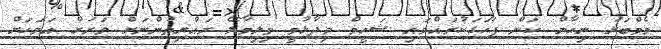
މެމްބަރު ނިހާން ކަން ފާހަގަކުރައްވައި ޝަހީމް ވިދާޅުވީ ވިލިމާލޭ ރައްޔިތުންނަށް ވަރަށް އަވަހަށް